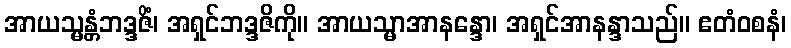
အာယသ္မန္တံဘဒ္ဒဇိံ၊ အရှင်ဘဒ္ဒဇိကို။ အာယသ္မာအာနန္ဒော၊ အရှင်အာနန္ဒာသည်။ ဧတံဝစနံ၊